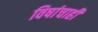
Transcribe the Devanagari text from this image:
विषांचाही